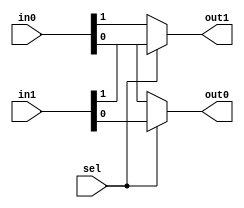
module mux_2_in_2_out (in0 , in1 , sel , out0 , out1);
input [1:0]in0 , in1;//{x , y}
input sel;
output reg out0 , out1;
always@(*)
begin
    if(sel == 0)
        begin
            out0 = in0[0];
            out1 = in0[1];
        end
    else
        begin
            out0 = in1[0];
            out1 = in1[1];
        end
end
endmodule